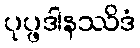
ပုပ္ဖဒါနဿိဒံ